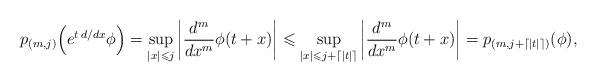
LaTeX: \begin{align*}p_{(m,j)} \Big(e^{t \, d/dx}\phi\Big) = \sup_{|x|\leqslant j} \left| \dfrac{d^m}{dx^m} \phi(t+x) \right|\leqslant \sup_{|x|\leqslant j + \lceil |t| \rceil} \left| \dfrac{d^m}{dx^m} \phi(t+x) \right|= p_{(m, j + \lceil |t| \rceil)}(\phi),\end{align*}